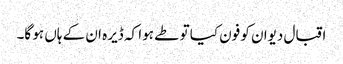
اقبال دیوان کو فون کیا تو طے ہوا کہ ڈیرہ ان کے ہاں ہو گا۔